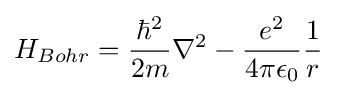
H_{Bohr}={\frac {\hbar ^{2}}{2m}}\nabla ^{2}-{\frac {e^{2}}{4\pi \epsilon _{0}}}{\frac {1}{r}}